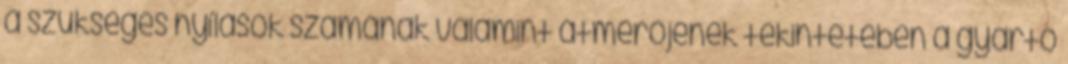
a szükséges nyílások számának valamint átmérõjének tekintetében a gyártó